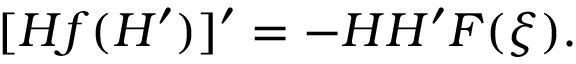
[ H f ( H ^ { \prime } ) ] ^ { \prime } = - H H ^ { \prime } F ( \xi ) .